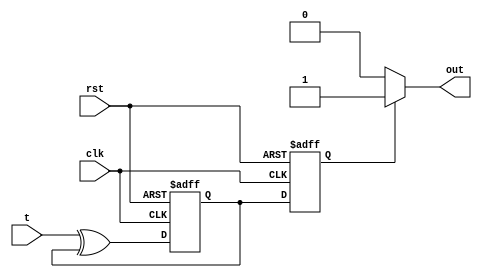
module t_flip_flop (
    input clk,
    input rst,
    input t,
    output reg out
);

reg d1, d2;

// Master flip-flop
always @(posedge clk or posedge rst) begin
    if (rst) begin
        d1 <= 1'b0;
    end else begin
        d1 <= t ^ d1; // Toggle the input
    end
end

// Slave flip-flop
always @(negedge clk or posedge rst) begin
    if (rst) begin
        d2 <= 1'b0;
    end else begin
        d2 <= d1;
    end
end

// Output logic
always @* begin
    if (d2) begin
        out = 1'b1;
    end else begin
        out = 1'b0;
    end
end

endmodule